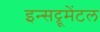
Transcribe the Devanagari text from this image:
इन्सट्रूमेंटल